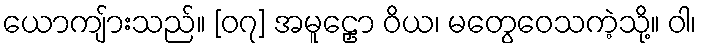
ယောကျ်ားသည်။ [၀၇] အမူဠှော ဝိယ၊ မတွေဝေသကဲ့သို့။ ဝါ၊